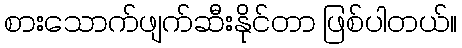
စားသောက်ဖျက်ဆီးနိုင်တာ ဖြစ်ပါတယ်။